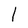
Character: l